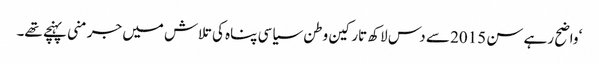
‘ واضح رہے سن 2015 سے دس لاکھ تارکین وطن سیاسی پناہ کی تلاش میں جرمنی پہنچے تھے۔